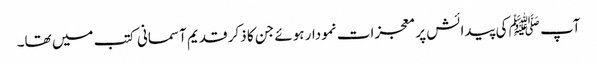
آپ ﷺ کی پیدائش پر معجزات نمودار ہوئے جن کا ذکر قدیم آسمانی کتب میں تھا۔